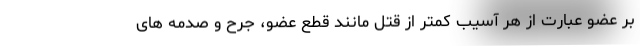
بر عضو عبارت از هر آسیب کمتر از قتل مانند قطع عضو، جرح و صدمه های